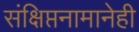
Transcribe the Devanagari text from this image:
संक्षिप्तनामानेही